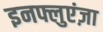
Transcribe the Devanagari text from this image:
इनफ्लुएंज़ा